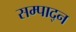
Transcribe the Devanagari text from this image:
सम्पाद्न